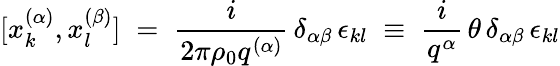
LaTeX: [x_{k}^{(\alpha)},x_{l}^{(\beta)}]\; =\; \frac{i}{2\pi\rho_{0}q^{(\alpha)}}\, \delta_{\alpha\beta}\, \epsilon_{kl}\; \equiv\; \frac{i}{q^{\alpha}}\, \theta\, \delta_{\alpha\beta}\, \epsilon_{kl}